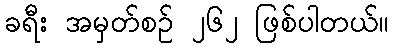
ခရီး အမှတ်စဉ် ၂၆၂ ဖြစ်ပါတယ်။